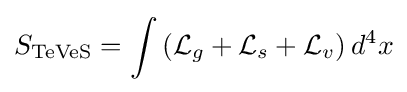
S_{\mathrm {TeVeS} }=\int \left({\mathcal {L}}_{g}+{\mathcal {L}}_{s}+{\mathcal {L}}_{v}\right)d^{4}x